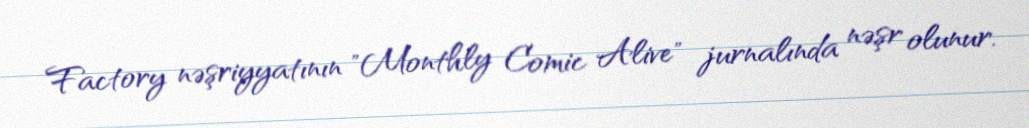
Factory nəşriyyatının "Monthly Comic Alive" jurnalında nəşr olunur.